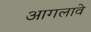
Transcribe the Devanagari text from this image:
आगलावे